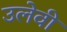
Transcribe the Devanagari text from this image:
उलेवी